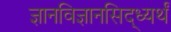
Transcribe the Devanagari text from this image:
ज्ञानविज्ञानसिद्ध्यर्थं